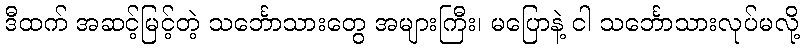
ဒီထက် အဆင့်မြင့်တဲ့ သင်္ဘောသားတွေ အများကြီး၊ မပြောနဲ့ ငါ သင်္ဘောသားလုပ်မလို့